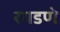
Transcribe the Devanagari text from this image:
रगडणे